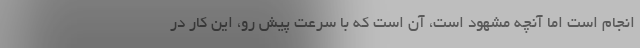
انجام است اما آنچه مشهود است، آن است که با سرعت پیش رو، این کار در